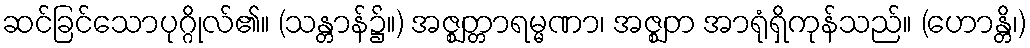
ဆင်ခြင်သောပုဂ္ဂိုလ်၏။ (သန္တာန်၌။) အဇ္ဈတ္တာရမ္မဏာ၊ အဇ္ဈတ အာရုံရှိကုန်သည်။ (ဟောန္တိ၊)